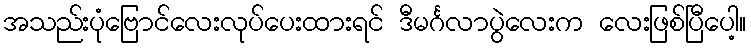
အသည်းပုံဗြောင်လေးလုပ်ပေးထားရင် ဒီမင်္ဂလာပွဲလေးက လေးဖြစ်ပြီပေါ့။